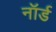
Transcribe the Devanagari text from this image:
नॉर्ड